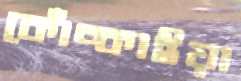
কোঁচ্‌কাইয়া